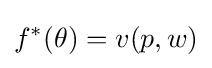
f^{*}(\theta )=v(p,w)